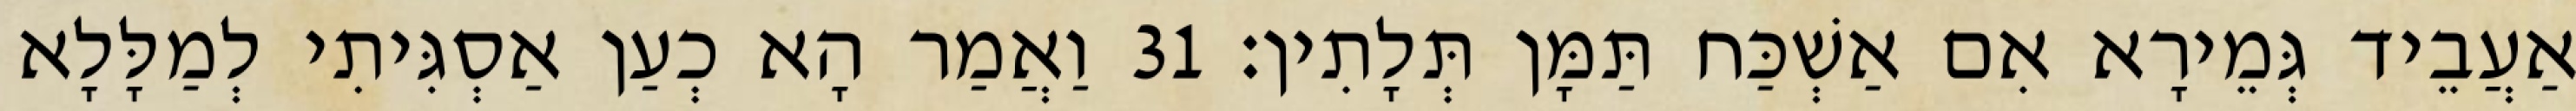
אַעֲבֵיד גְּמֵירָא אִם אַשְׁכַּח תַּמָּן תְּלָתִין׃ 31 וַאֲמַר הָא כְעַן אַסְגִּיתִי לְמַלָּלָא